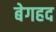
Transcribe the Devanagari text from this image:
बेगहद